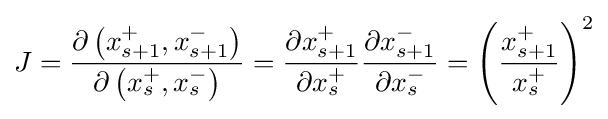
J={\frac {\partial \left(x_{s+1}^{+},x_{s+1}^{-}\right)}{\partial \left(x_{s}^{+},x_{s}^{-}\right)}}={\frac {\partial x_{s+1}^{+}}{\partial x_{s}^{+}}}{\frac {\partial x_{s+1}^{-}}{\partial x_{s}^{-}}}=\left({\frac {x_{s+1}^{+}}{x_{s}^{+}}}\right)^{2}